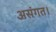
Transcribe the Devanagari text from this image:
असंगत।